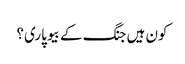
کون ہیں جنگ کے بیوپاری؟